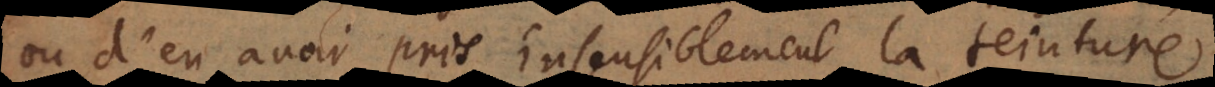
ou d’en avoir pris insensiblement la teinture,